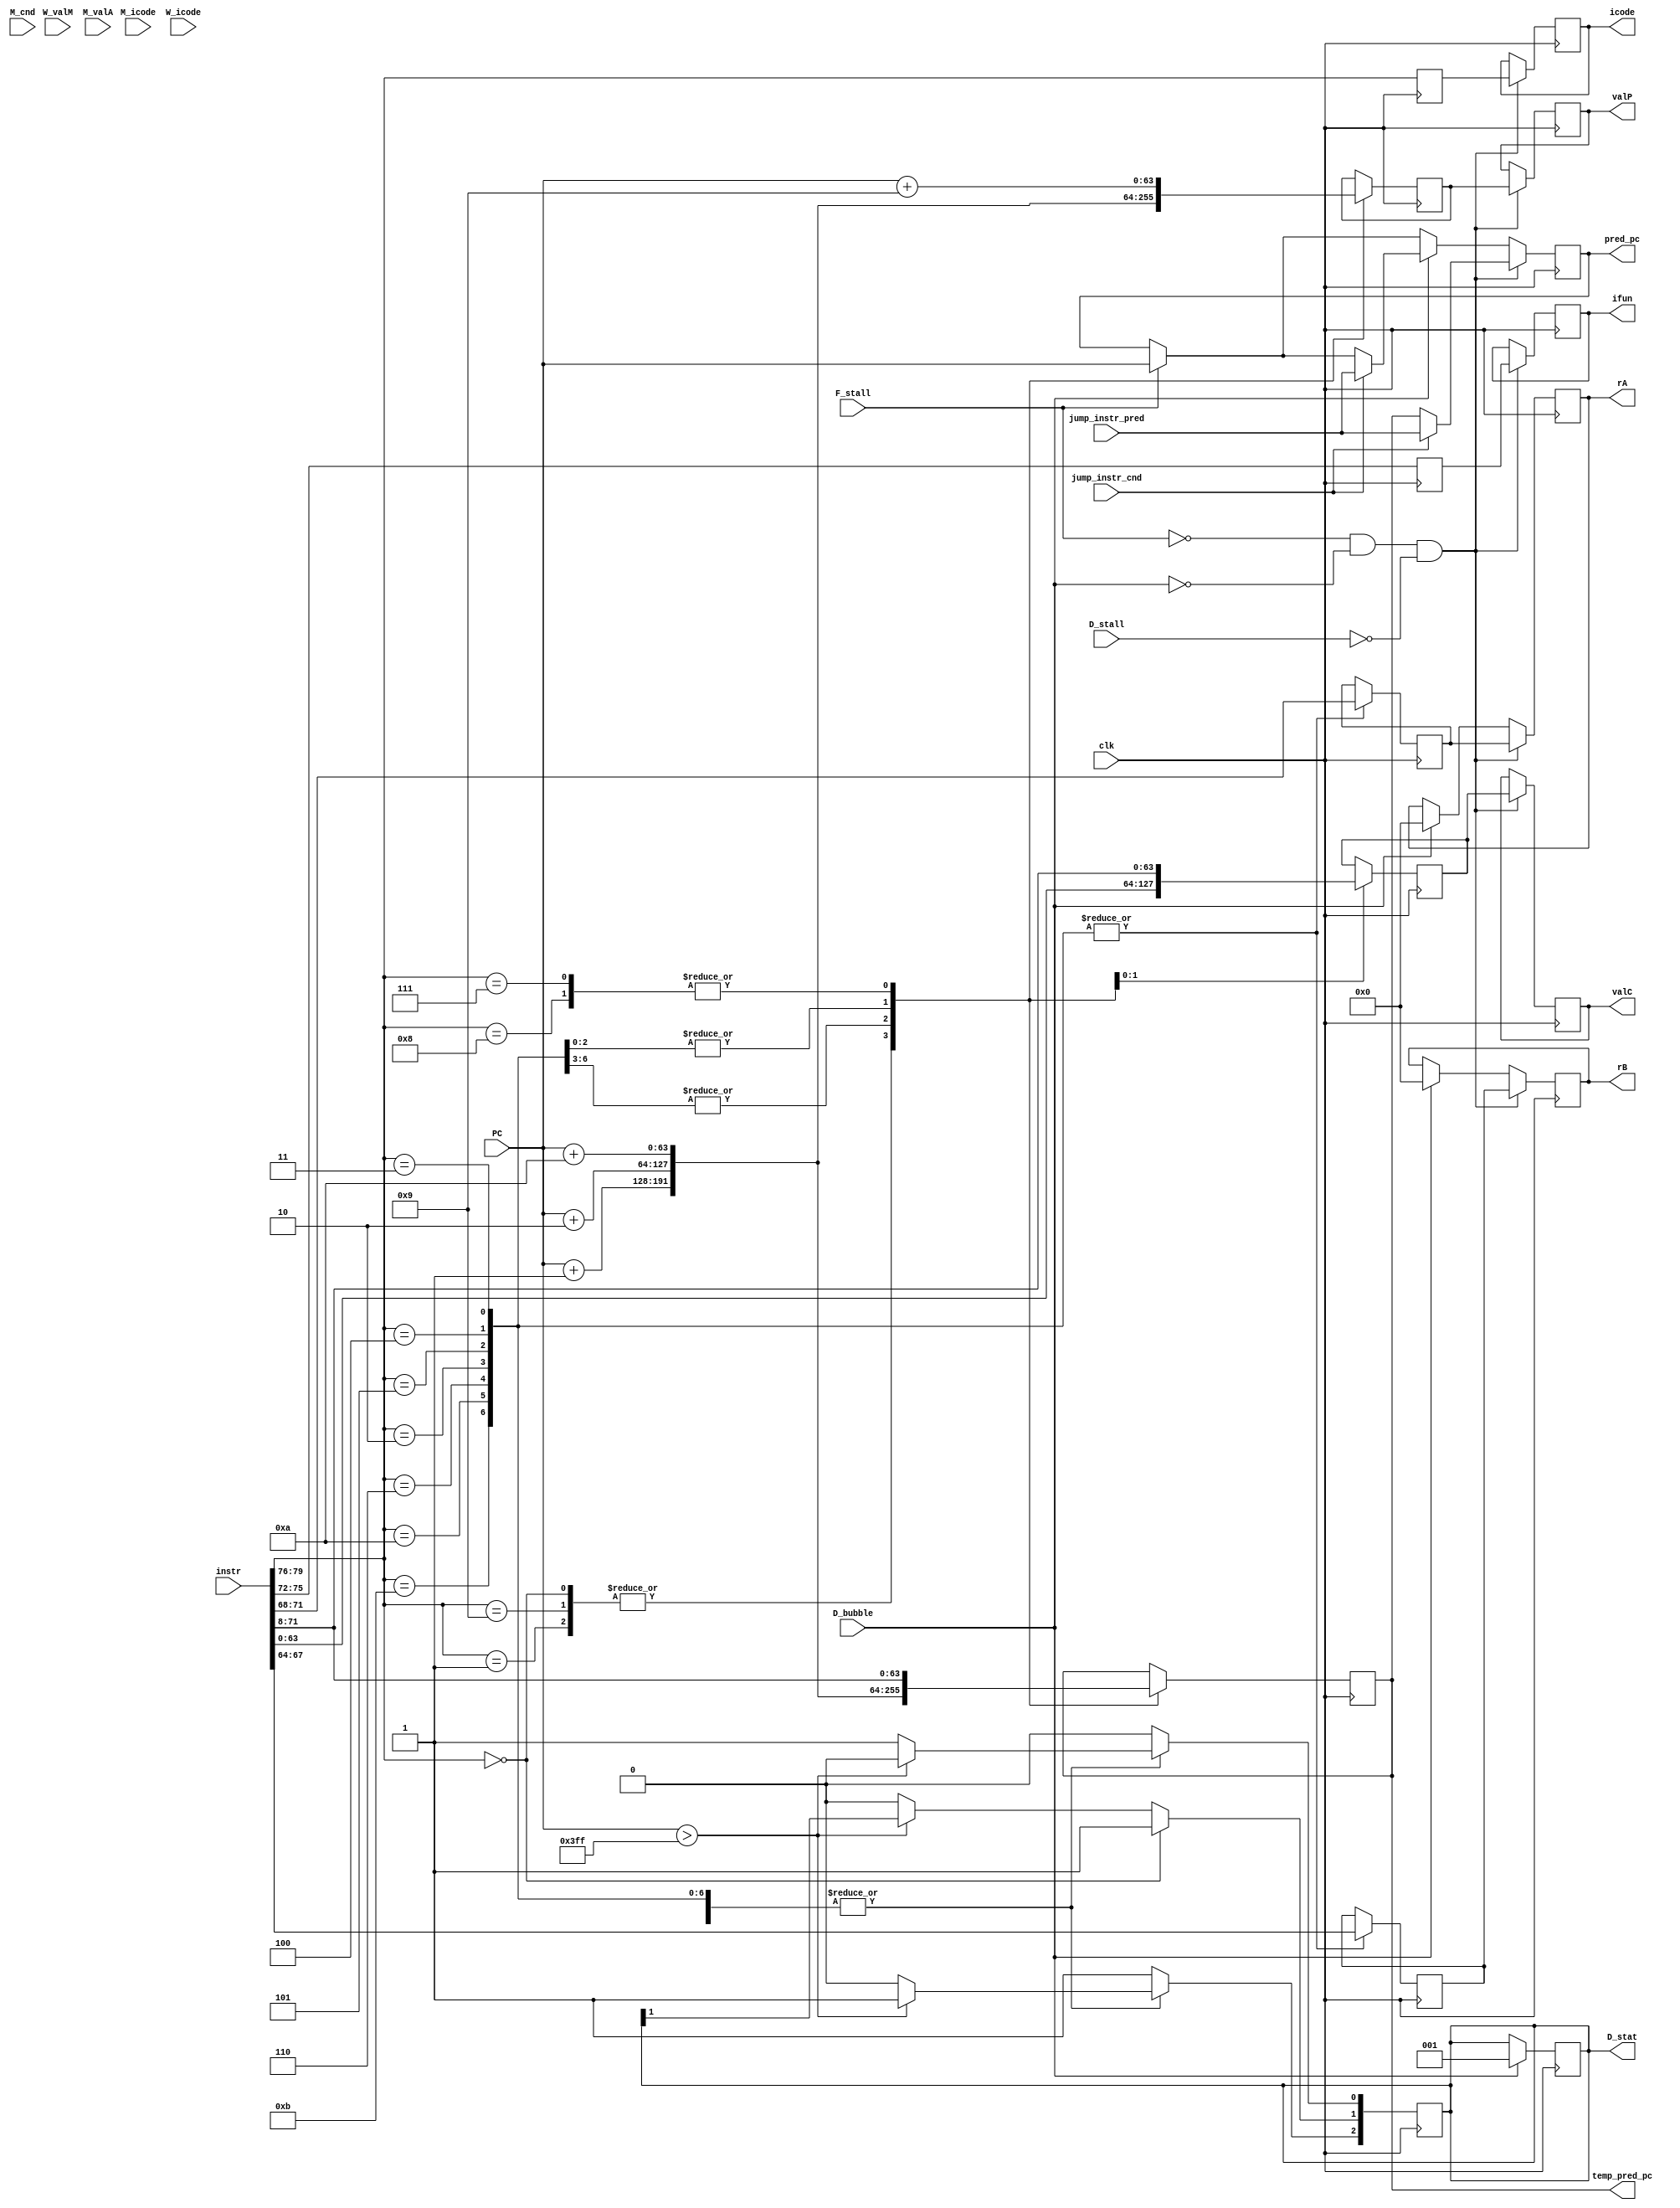
module fetch(
    output reg [3:0] icode, 
    output reg [3:0] ifun,
    output reg [3:0] rA,
    output reg [3:0] rB,
    output reg [63:0] valC,
    output reg [63:0] valP,
    input clk,
    input [63:0] PC,                 //PC value we predicted in the previous stage
    output reg [63:0] temp_pred_pc,
    input [0:79] instr,
    output reg [2:0] D_stat,
    output reg [63:0]pred_pc,        //PC value we predict for the next stage
    input F_stall,
    input D_bubble,
    input D_stall,
    input [63:0]W_valM,
    input [3:0]M_icode,
    input [3:0]W_icode,
    input M_cnd,
    input [63:0] M_valA,
    input [63:0]jump_instr_pred,
    input jump_instr_cnd
);

reg [3:0]f_icode,f_ifun,f_rA,f_rB;
reg [63:0] f_valC, f_valP;

    always @(posedge clk)begin

        if (PC > 1023) begin 
            D_stat[2] = 1'b1; // mem/instruction error (INS/ADR)
            D_stat[0] = 1'b0; // not AOK 
        end

        else begin
            D_stat[0] = 1'b1; // AOK
            D_stat[1] = 1'b0; //no HLT
            D_stat[2] = 1'b0; //no mem, inst error. (INS/ADR)
        end

        f_icode = instr[0:3];
        f_ifun = instr[4:7];
        
        case (f_icode)
            4'b1001, 4'b0001: begin
                f_valP = PC + 1;
                temp_pred_pc = PC+1;
            end
            4'b0000: begin
                f_valP = PC+1;
                temp_pred_pc = PC+1;
                D_stat[1] = 1'b1;
            end
            4'b0010, 4'b0110, 4'b1010, 4'b1011: begin
                f_rA = instr[8:11];
                f_rB = instr[12:15];
                f_valP = PC + 2;
                temp_pred_pc = PC+2;
            end
            4'b0011, 4'b0100, 4'b0101: begin
                f_rA = instr[8:11];
                f_rB = instr[12:15];
                f_valC = instr[16:79];
                f_valP = PC + 10;
                temp_pred_pc= PC+10;
                
            end
            4'b0111, 4'b1000: begin
                f_valC = instr[8:71];
                f_valP = PC + 9;
                temp_pred_pc = instr [8:71];
            end
            default: begin
                D_stat[0] = 1'b0; //not OKAY
                D_stat[2] = 1'b1; //instr error
            end
        endcase

        end
    
    // end 

always@(negedge clk)
begin

       if(F_stall)
        begin
            pred_pc =   PC;
            $display("F_stall");
            
        end

        if(D_stall)
        begin 
            $display("D_stall");
            //do nothing
        end
      
     

        if(D_bubble)
        begin
            if(jump_instr_cnd)
            pred_pc = jump_instr_pred;
            $display("%d, D_bubble, pred_pc:%d",clk,pred_pc);
            icode <= 4'b0001;
            ifun <= 4'b0000;
            rA <= 4'b0000;
            rB <= 4'b0000;
            valC <= 64'b0;
            valP <= 64'b0;
            D_stat <= 3'b001; //INS/ADR HLT AOK
        end

        if(!F_stall && !D_bubble && !D_stall)
        begin    
            rA<=f_rA;
            rB<=f_rB;
            icode = f_icode;
            ifun = f_ifun;
            valC = f_valC;
            valP = f_valP;
            if(jump_instr_cnd)
            pred_pc = jump_instr_pred;
            else
            pred_pc = temp_pred_pc;
        end
end

endmodule